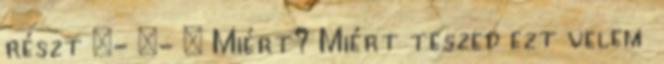
részt :- :- ❤ Miért? Miért teszed ezt velem